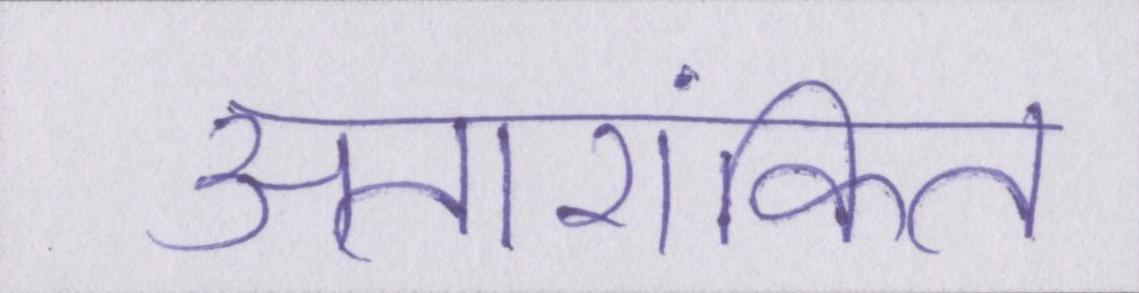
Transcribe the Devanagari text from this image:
अतारांकित